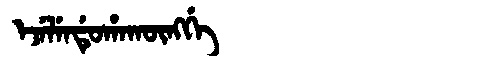
Manchu: ᡝᠵᡝᠯᡝᠨᡩᡠᡥᠠᡴᡡᠩᡤᡝ
Romanization: EJELENDUHAKŪNGGE